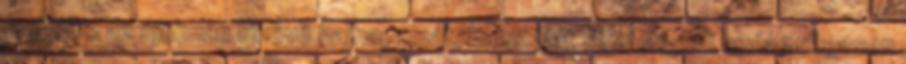
megülve az újonnan kinövő hajhagymát, hajszálat sem engedi egészségesen